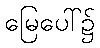
မြေပေါ်၌